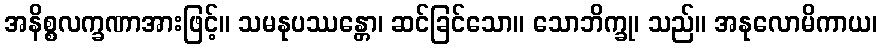
အနိစ္စလက္ခဏာအားဖြင့်။ သမနုပဿန္တော၊ ဆင်ခြင်သော။ သောဘိက္ခု၊ သည်။ အနုလောမိကာယ၊